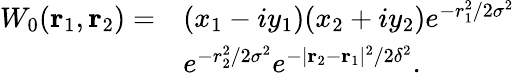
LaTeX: \begin{array}{rl}{W_{0}(\textbf{r}_{1},\textbf{r}_{2})=}&{(x_{1}-iy_{1})(x_{2}+iy_{2})e^{-r_{1}^{2}/2\sigma^{2}}}\\ &{e^{-r_{2}^{2}/2\sigma^{2}}e^{-\vert\textbf{r}_{2}-\textbf{r}_{1}\vert^{2}/2\delta^{2}}.}\end{array}